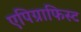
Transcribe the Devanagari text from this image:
एपिग्राफिस्ट